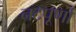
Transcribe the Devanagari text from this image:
नटपूर्णा